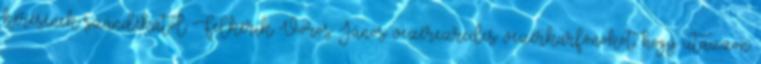
kérésének szándékától. Felkérik Vörös János vezérezredes vezérkarfõnököt, hogy utazzon